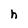
Character: h